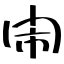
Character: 閙